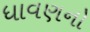
ધાવણનો